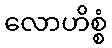
လောဟိစ္စံ